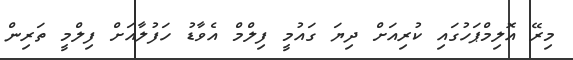
މިރޭ އޮލިމްޕަހުގައި ކުރިއަށް ދިޔަ ގައުމީ ފިލްމް އެވާޑު ހަފުލާއަށް ފިލްމީ ތަރިން